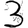
Digit: 3